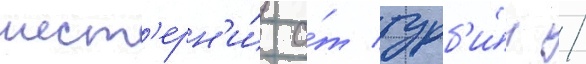
шест'ерн'и́ о́т турб'и́н /